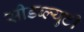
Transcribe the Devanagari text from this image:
सीडब्ल्युटी